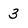
Character: 3